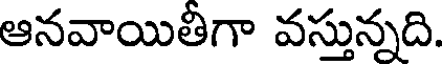
ఆనవాయితీగా వస్తున్నది.